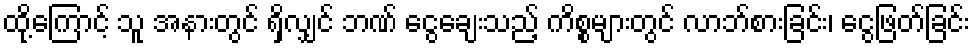
ထို့ကြောင့် သူ အနားတွင် ရှိလျှင် ဘဏ် ငွေချေးသည့် ကိစ္စများတွင် လာဘ်စားခြင်း၊ ငွေဖြတ်ခြင်း